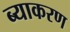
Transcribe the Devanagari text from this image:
ब्याकरण